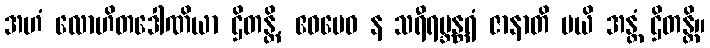
အဟံ လောဟိတဒေါဏိယာ ဌိတန္တိ, ဧဝမေဝ န သရီရဗ္ဘန္တရံ ဇာနာတိ မယိ အန္တံ ဌိတန္တိ။